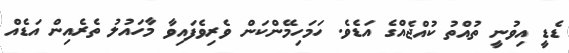
ޑެޑީ އިވުނީ ތުއްތު ކުއްޖެއްގެ އަޑެވެ. ހަމަހިމޭންކަން ވެރިވެފައިވާ މާހައުލު ތެރެއިން އަޑެއް